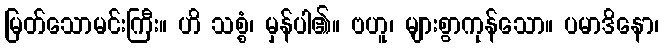
မြတ်သောမင်းကြီး။ ဟိ သစ္စံ၊ မှန်ပါ၏။ ဗဟူ၊ များစွာကုန်သော။ ပမာဒိနော၊